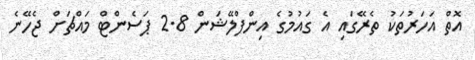
އޮތް އަހަރުތަކު ތެރޭގައި އެ ގައުމުގެ އިންފްލޭޝަން 2.8 ޕަސެންޓް މައްޗަށް ޖެހޭނެ